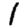
Digit: 1